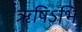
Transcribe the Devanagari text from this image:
ऋषिऽभिः